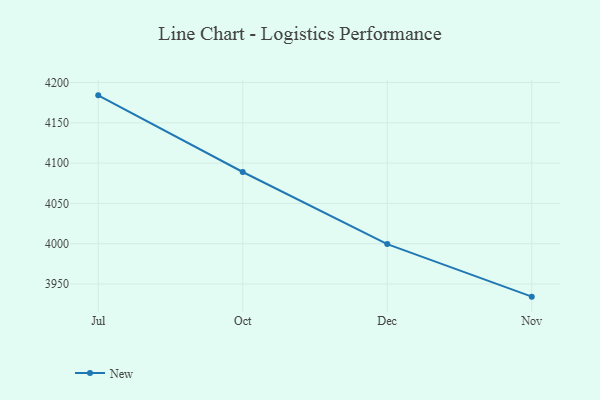
{"axis": {"x": "Month", "y": "Net Income (USD K)"}, "legend": ["New"], "data": [{"x": "Jul", "y": 4184.1, "type": "New"}, {"x": "Oct", "y": 4089.0, "type": "New"}, {"x": "Dec", "y": 3999.5, "type": "New"}, {"x": "Nov", "y": 3934.3, "type": "New"}]}